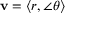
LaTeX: \mathbf { v } = \langle r , \angle \theta \rangle